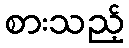
စားသည့်